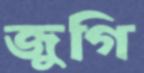
জুগি